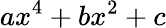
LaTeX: ax^{4}+bx^{2}+c